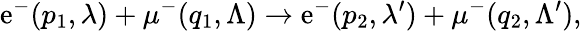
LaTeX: \mathrm{e}^{-}(p_{1},\lambda)+\mu^{-}(q_{1},\Lambda)\to\mathrm{e}^{-}(p_{2},\lambda^{\prime})+\mu^{-}(q_{2},\Lambda^{\prime}),